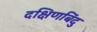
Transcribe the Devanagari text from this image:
दक्षिणबिंदु